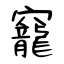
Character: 竉